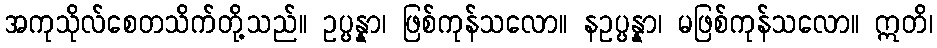
အကုသိုလ်စေတသိက်တို့သည်။ ဥပ္ပန္နာ၊ ဖြစ်ကုန်သလော။ နဥပ္ပန္နာ၊ မဖြစ်ကုန်သလော။ ဣတိ၊